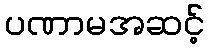
ပဏာမအဆင့်